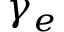
\gamma _ { e }